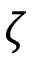
\zeta